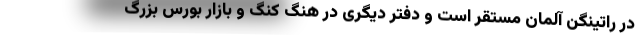
در راتینگن آلمان مستقر است و دفتر دیگری در هنگ کنگ و بازار بورس بزرگ